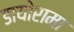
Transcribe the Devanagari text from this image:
डायोरामा